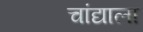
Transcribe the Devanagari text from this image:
चांद्याला